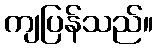
ကျပြန်သည်။